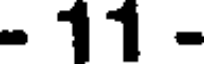
- 11 -